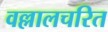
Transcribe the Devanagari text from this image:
वल्लालचरित